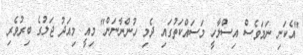
"އެކަނި ނަމަވެސް އިސްލާހީ މަސައްކަތުގައި ދެމި ހުންނާނަން" މިއީ މިއަދު ޖަލުގެ ބިރުވެރި